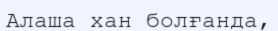
Алаша хан болғанда,